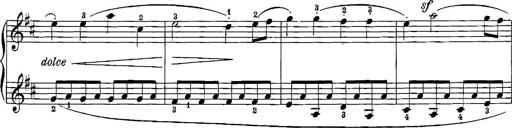
Title: 12 Sonatinas
Composer: Ignaz Pleyel